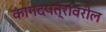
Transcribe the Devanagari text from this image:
कागदपत्रांवरील